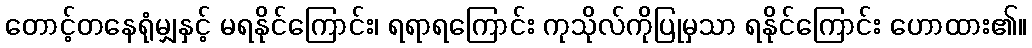
တောင့်တနေရုံမျှနှင့် မရနိုင်ကြောင်း၊ ရရာရကြောင်း ကုသိုလ်ကိုပြုမှသာ ရနိုင်ကြောင်း ဟောထား၏။